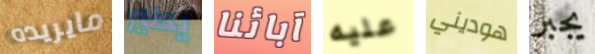
مايريده يطير آبائنا عليه هوديني يجبر